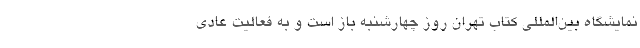
نمایشگاه بین‌المللی کتاب تهران روز چهارشنبه باز است و به فعالیت عادی